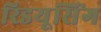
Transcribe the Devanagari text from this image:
रिडयूसिंग